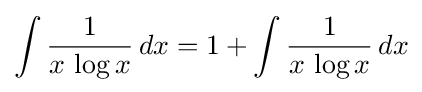
\int {\frac {1}{x\,\log x}}\,dx=1+\int {\frac {1}{x\,\log x}}\,dx